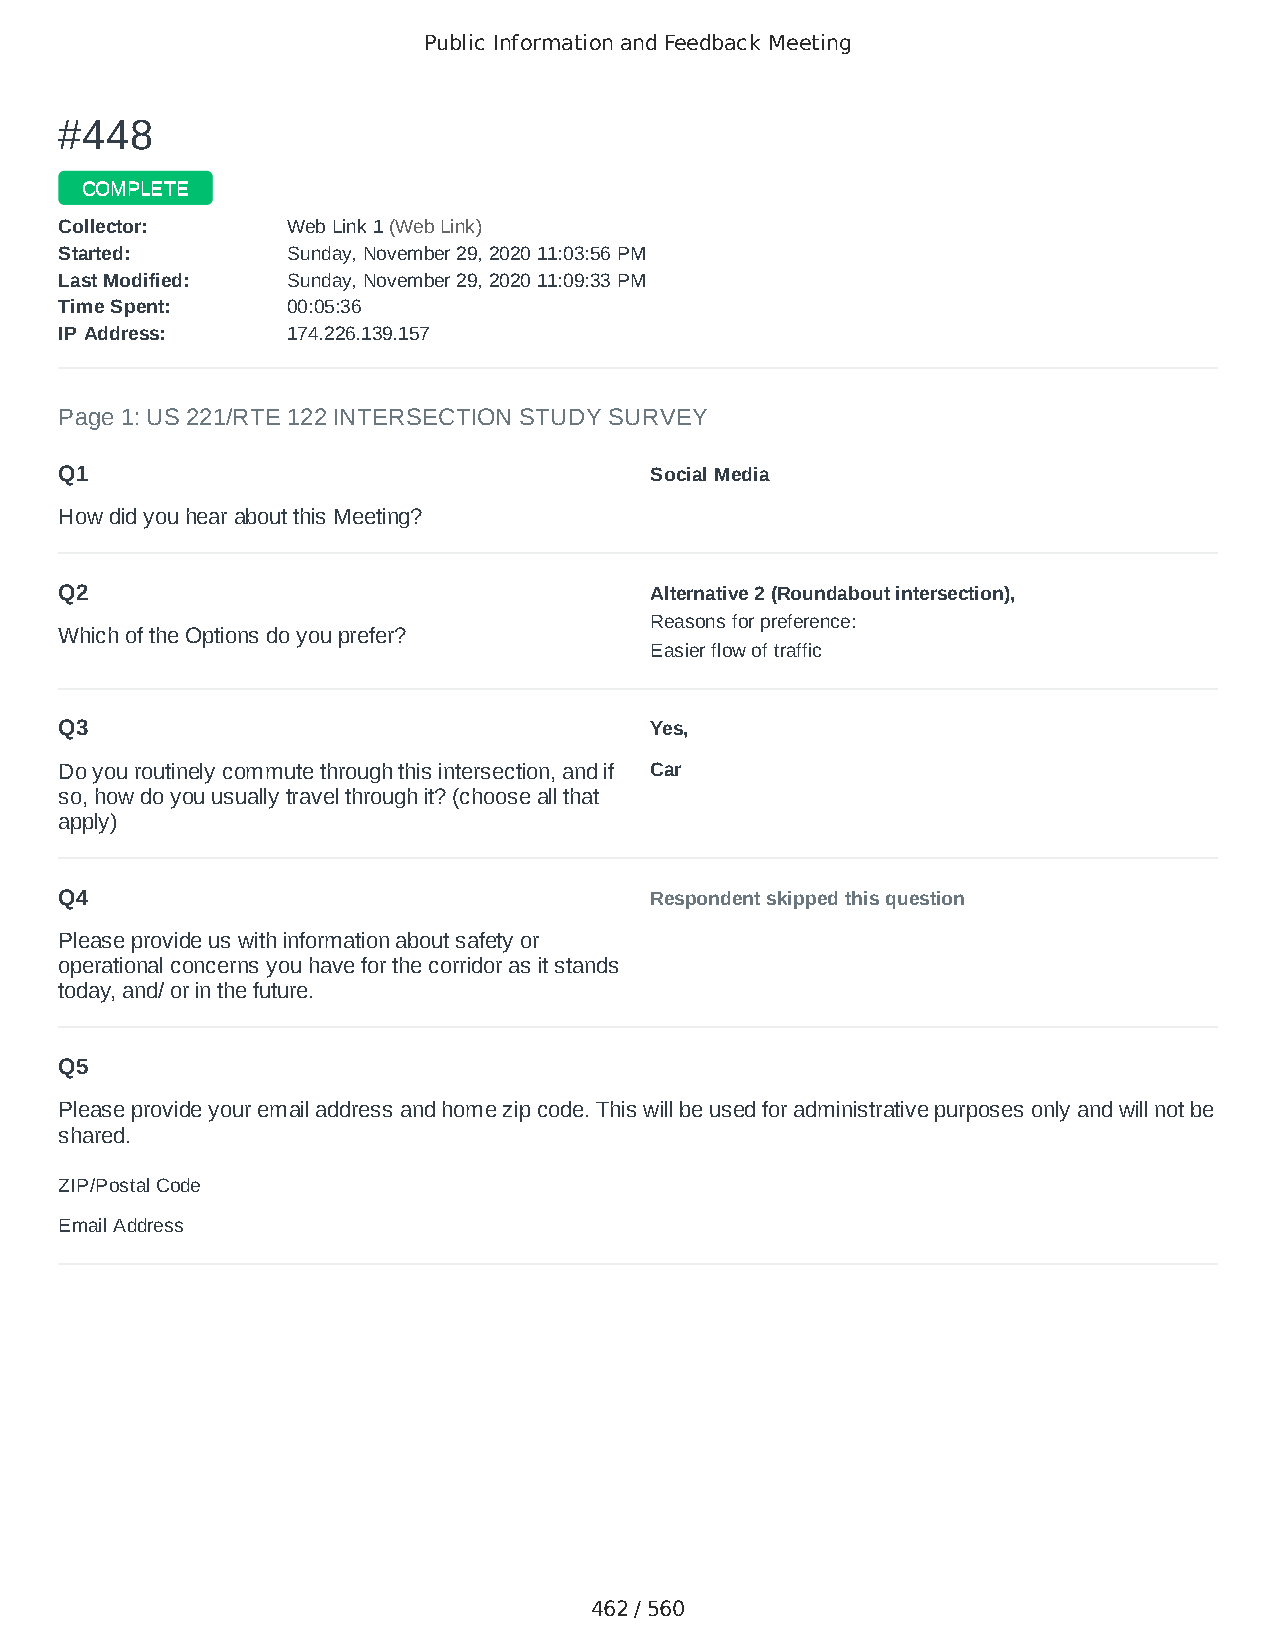
Public Information and Feedback Meeting
 ##444488
 CCOOMMPPLLEETTEE
 CCoolllleeccttoorr:: WWeebb LLiinnkk 11 ((WWeebb LLiinnkk))
 SSttaarrtteedd:: SSuunnddaayy,, NNoovveemmbbeerr 2299,, 22002200 1111::0033::5566 PPMM
 LLaasstt MMooddiiffiieedd:: SSuunnddaayy,, NNoovveemmbbeerr 2299,, 22002200 1111::0099::3333 PPMM
 TTiimmee SSppeenntt:: 0000::0055::3366
 IIPP AAddddrreessss:: 117744..222266..113399..115577
 Page 1: US 221/RTE 122 INTERSECTION STUDY SURVEY
 Q1                                     Social Media
 How did you hear about this Meeting?
 Q2                                     Alternative 2 (Roundabout intersection),
 Reasons for preference:
 Which of the Options do you prefer?
 Easier flow of traffic
 Q3                                     Yes,
 Do you routinely commute through this intersection, and if Car
 so, how do you usually travel through it? (choose all that
 apply)
 Q4                                     Respondent skipped this question
 Please provide us with information about safety or
 operational concerns you have for the corridor as it stands
 today, and/ or in the future.
 Q5
 Please provide your email address and home zip code. This will be used for administrative purposes only and will not be
 shared.
 ZIP/Postal Code                        24523
 Email Address                          jhl5618@gmail.com
 462 / 560